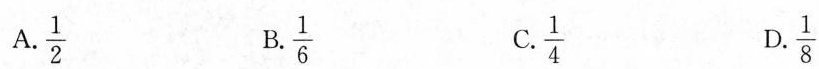
A.\frac{1}{2} B.\frac{1}{6} C.\frac{1}{4} D.\frac{1}{8}